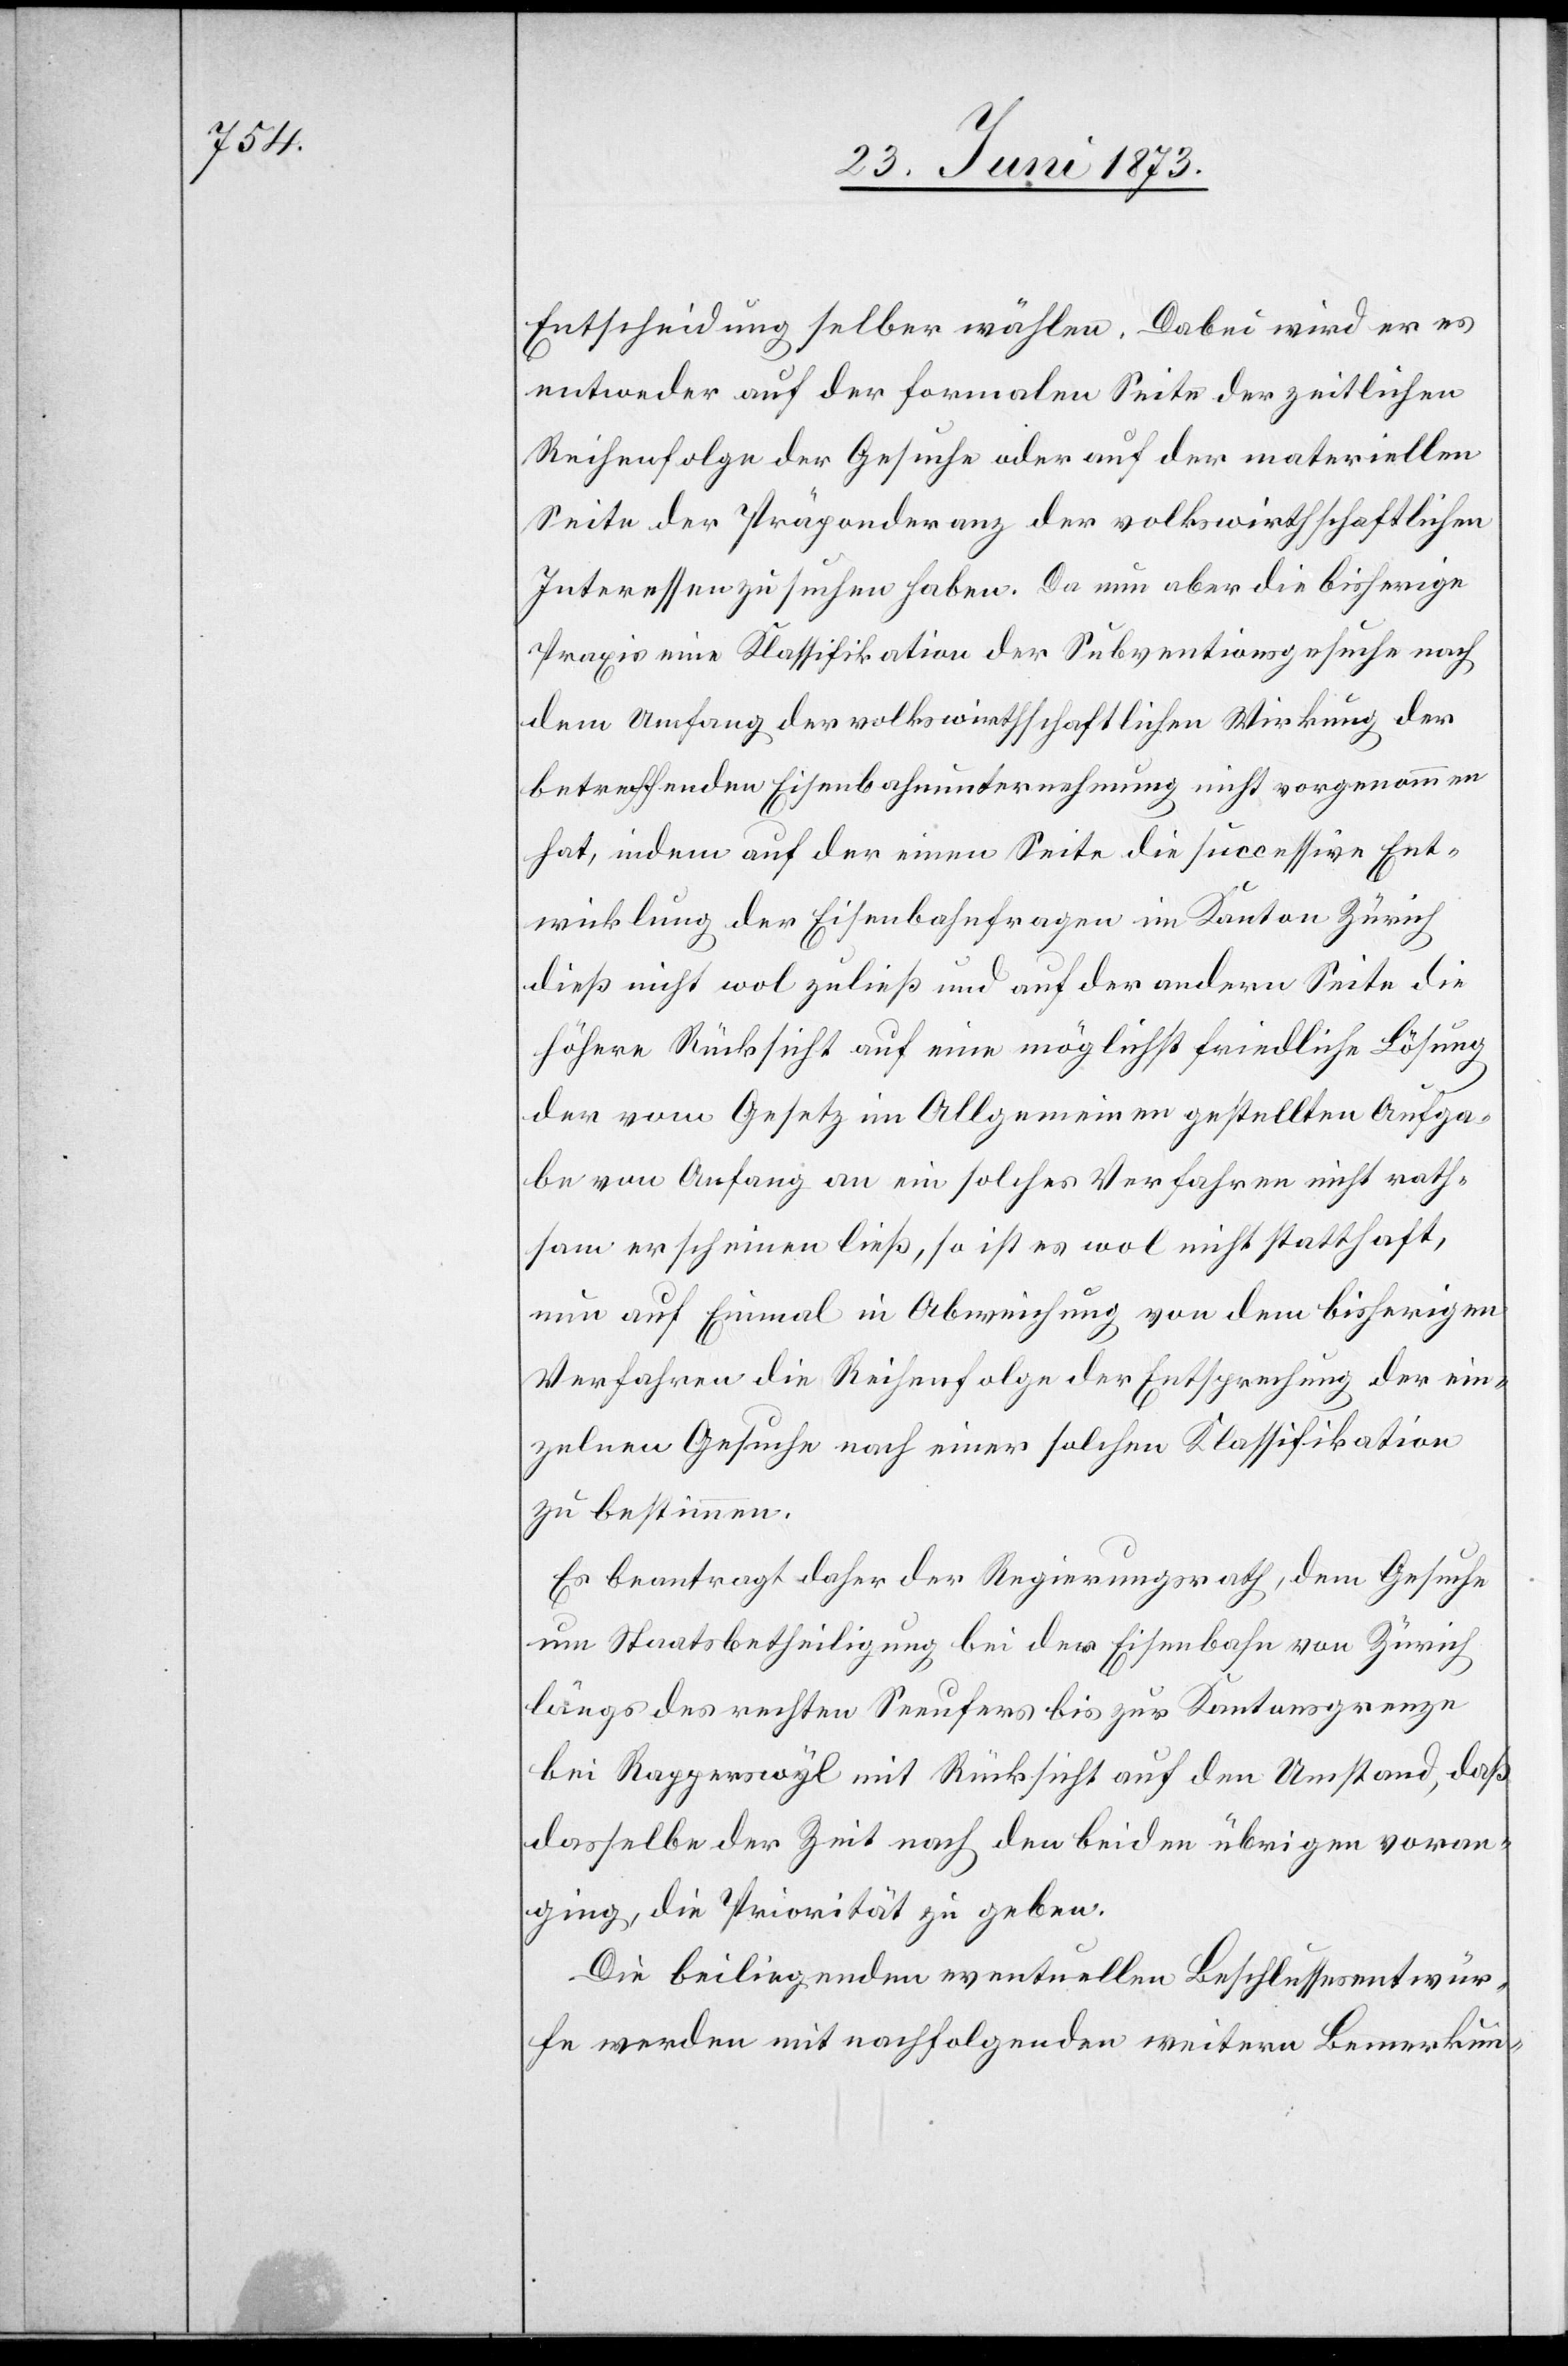
Entscheidung selber wählen. Dabei wird er es
entweder auf der formalen Seite der zeitlichen
Reihenfolge der Gesuche oder auf der materiellen
Seite der Präponderanz der volkswirthschaftlichen
Interessen zu suchen haben. Da nun aber die bisherige
Praxis eine Klassifikation der Subventionsgesuche nach
dem Umfang der volkswirthschaftlichen Wirkung der
betreffenden Eisenbahnunternehmung nicht vorgenommen
hat, indem auf der einen Seite die successive Ent¬
wicklung der Eisenbahnfragen im Kanton Zürich
dieß nicht wol zuließ und auf der andern Seite die
höhere Rücksicht auf eine möglichst friedliche Lösung
der vom Gesetz im Allgemeinen gestellten Aufga¬
be von Anfang an ein solches Verfahren nicht rath¬
sam erscheinen ließ, so ist es wol nicht statthaft,
nun auf Einmal in Abweichung von dem bisherigen
Verfahren die Reihenfolge der Entsprechung der ein¬
zelnen Gesuche nach einer solchen Klassifikation
zu bestimmen.
Es beantragt daher der Regierungsrath, dem Gesuche
um Staatsbetheiligung bei der Eisenbahn von Zürich
längs des rechten Seeufers bis zur Kantonsgrenze
bei Rapperswyl mit Rücksicht auf den Umstand, daß
dasselbe der Zeit nach den beiden übrigen voran¬
ging, die Priorität zu geben.
Die beiliegenden eventuellen Beschlussesentwür¬
fe werden mit nachfolgenden weitern Bemerkun-